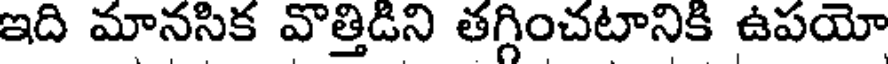
ఇది మానసిక వొత్తిడిని తగ్గించటానికి ఉపయో